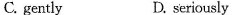
C. gently D. seriously